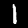
Label: 1